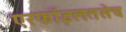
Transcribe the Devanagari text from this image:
एरफॉइलतसेच